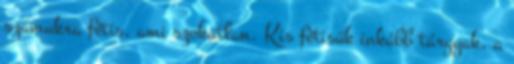
számukra fétis, ami szokatlan. Kis fétisük inkább tárgyak, a